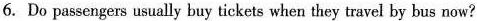
6. Do passengers usually buy tickets when they travel by bus now?